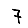
Digit: 7